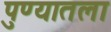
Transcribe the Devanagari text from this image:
पुण्यातला